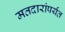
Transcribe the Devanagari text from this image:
मतदारांपर्यंत